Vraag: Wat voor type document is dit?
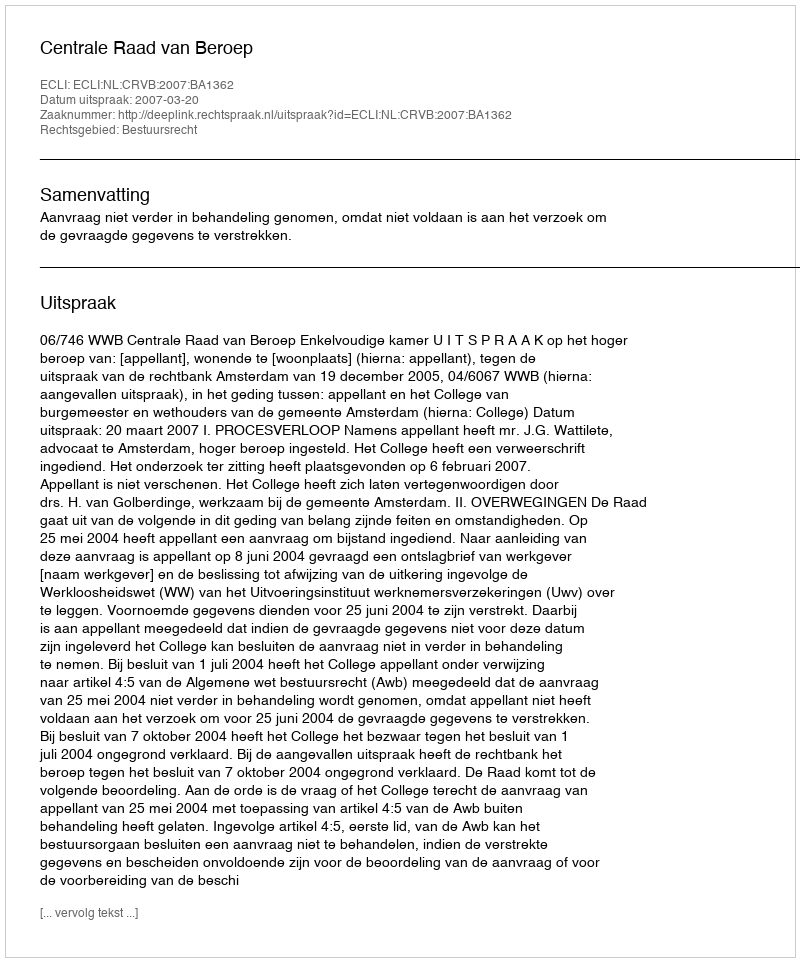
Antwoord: Uitspraak